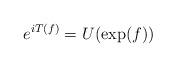
LaTeX: \begin{align*}e^{iT(f)}=U(\exp(f)) \end{align*}